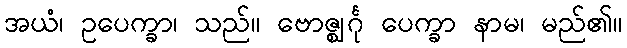
အယံ၊ ဥပေက္ခာ၊ သည်။ ဗောဇ္ဈင်္ဂု ပေက္ခာ နာမ၊ မည်၏။